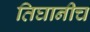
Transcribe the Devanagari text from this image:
तिघानीच